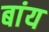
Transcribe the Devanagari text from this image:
बांय